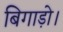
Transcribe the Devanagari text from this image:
बिगाड़ो।